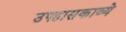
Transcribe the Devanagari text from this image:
उपहासकाव्ये